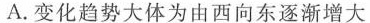
A.变化趋势大体为由西向东逐渐增大